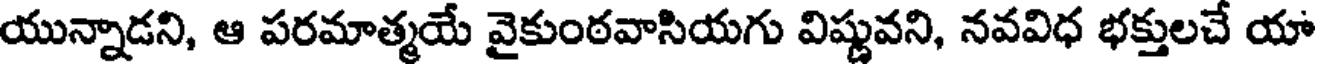
యున్నాడని, ఆ పరమాత్మయే వైకుంఠవాసియగు విష్ణువని, నవవిధ భక్తులచే యా